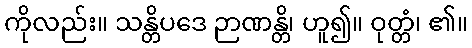
ကိုလည်း။ သန္တိပဒေ ဉာဏန္တိ၊ ဟူ၍။ ဝုတ္တံ၊ ၏။